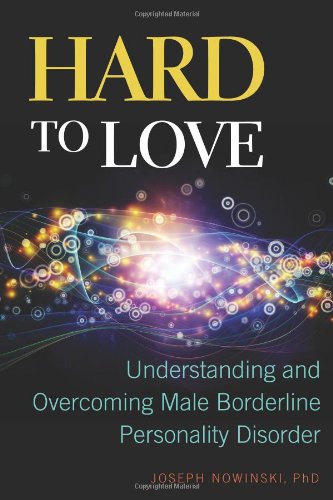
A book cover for Hard to Love: Understanding and Overcoming Male Borderline Personality Disorder; Joseph Nowinski; Health, Fitness & Dieting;